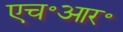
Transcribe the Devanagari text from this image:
एच॰आर॰